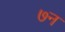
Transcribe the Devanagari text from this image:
७न